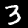
Digit: 3